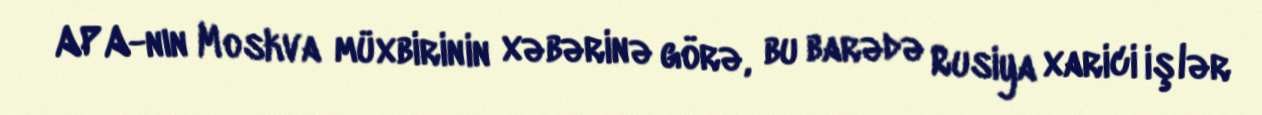
APA-nın Moskva müxbirinin xəbərinə görə, bu barədə Rusiya xarici işlər